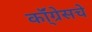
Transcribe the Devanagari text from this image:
कॉ्ंग्रेसचे